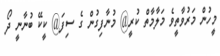
މީހުން މަރުވާތީވެ މަލާމާތް ކުރީ@ މުނާފިގުން ގެ ސިފަ@ ކީކޭ ބުނާނީ ދޯ